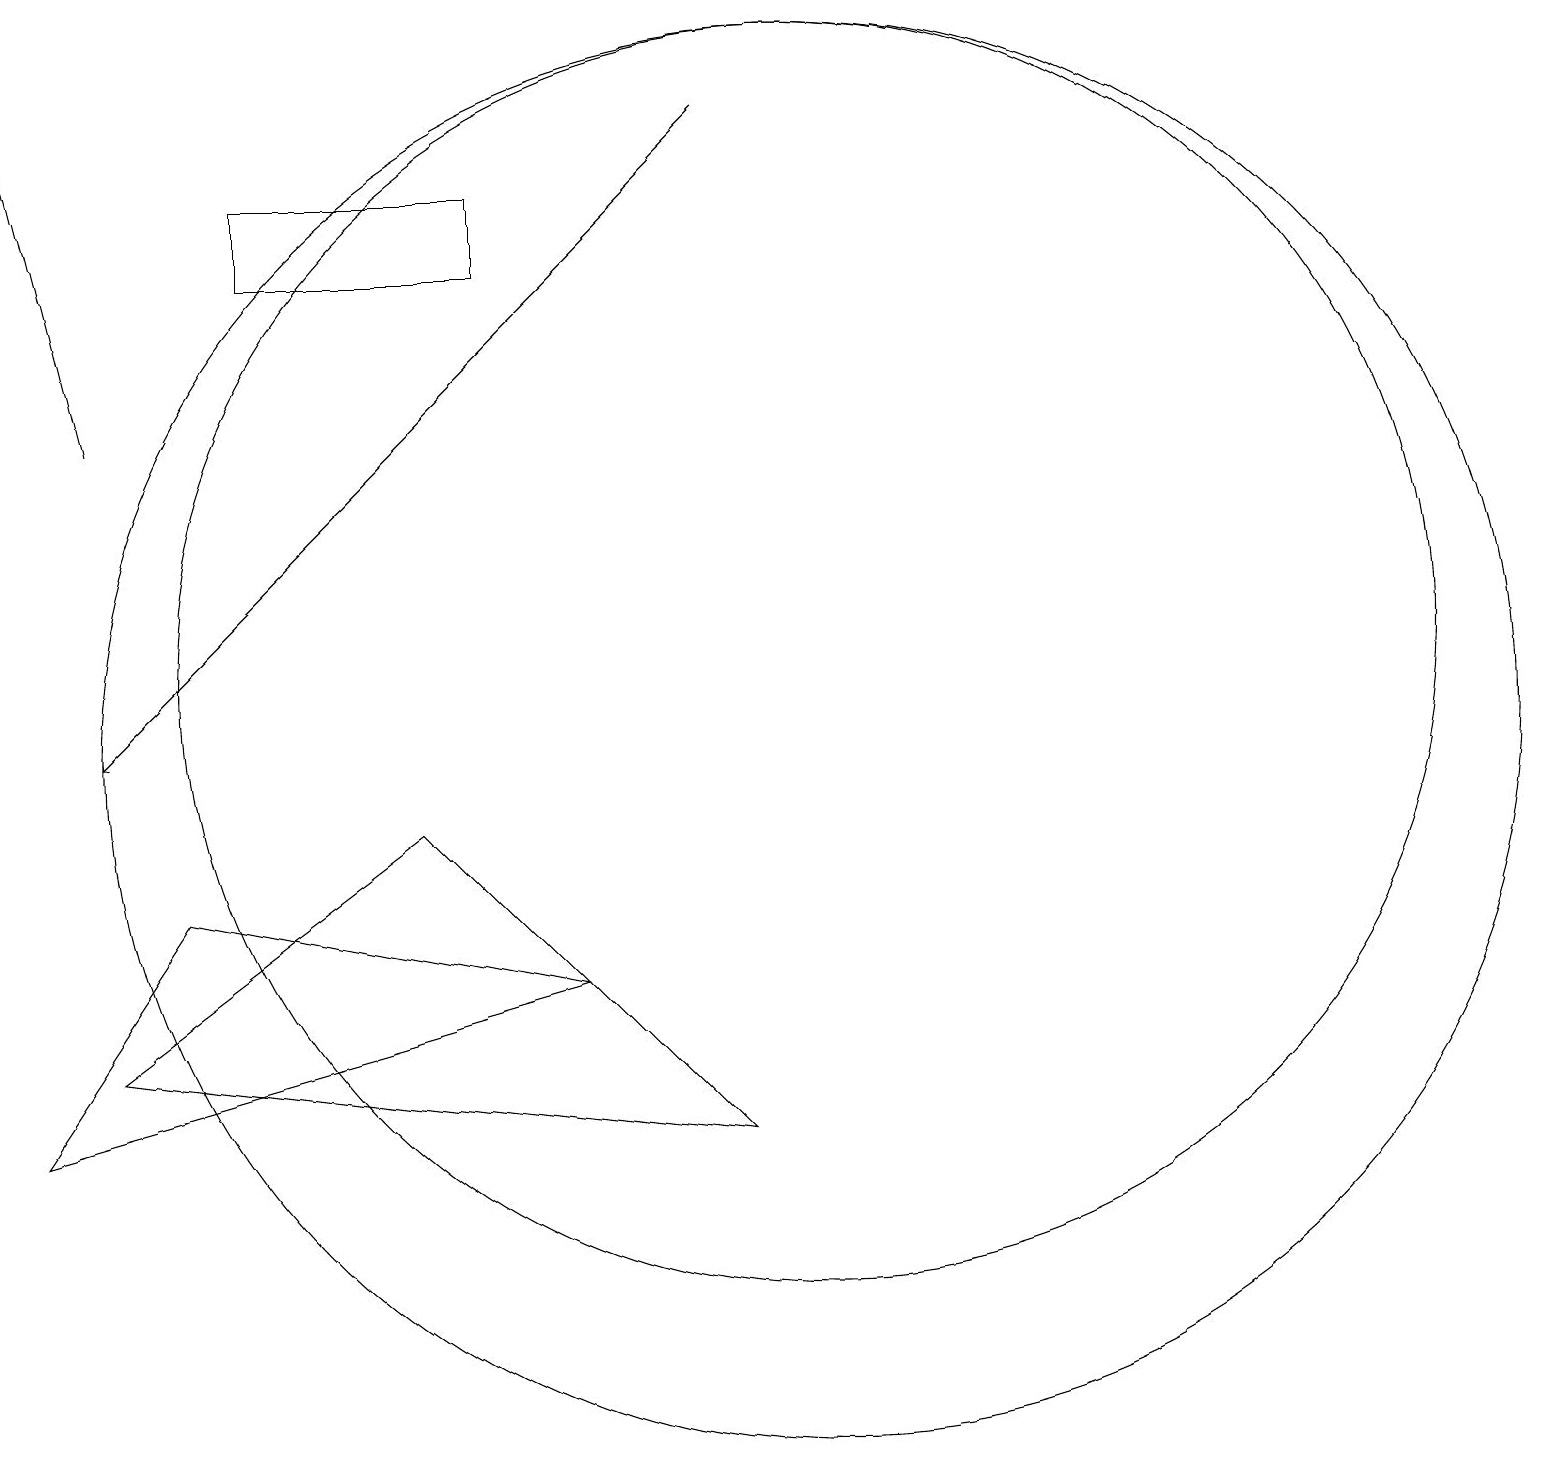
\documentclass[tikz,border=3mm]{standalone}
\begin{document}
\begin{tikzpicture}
\draw (10,11) circle (8);
\draw (2,8) -- (0,5) -- (7,7) -- cycle;
\draw (9,5) -- (1,6) -- (5,9) -- cycle;
\draw[->] (9,18) -- (1,10);
\draw (3,17) rectangle (6,16);
\draw[->] (1,14) -- (0,18);
\draw (10,10) circle (9);
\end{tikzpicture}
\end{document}